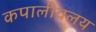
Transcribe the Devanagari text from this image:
कपालीवलय